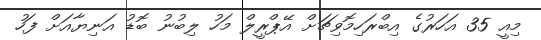
މިއީ 35 އަހަރުގެ އިބްރަހިމޮވިޗަށް އޭޕްރީލް މަހު ލިބުނު ބޮޑު އަނިޔާއަށް ފަހު